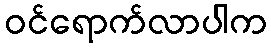
ဝင်ရောက်လာပါက